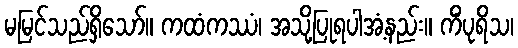
မမြင်သည်ရှိသော်။ ကထံကဿံ၊ အသို့ပြုရပါအံ့နည်း။ ကိံပုရိသ၊